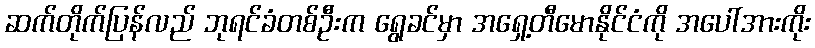
ဆက်တိုက်ပြန်လည် ဘုရင်ခံတစ်ဦးက ရွေခင်မှာ အရှေ့တီမောနိုင်ငံကို အပေါ်အားကိုး